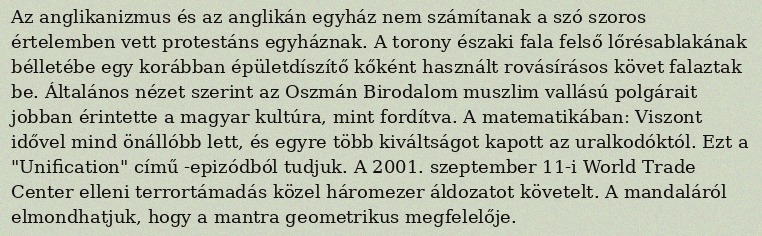
Az anglikanizmus és az anglikán egyház nem számítanak a szó szoros értelemben vett protestáns egyháznak. A torony északi fala felső lőrésablakának bélletébe egy korábban épületdíszítő kőként használt rovásírásos követ falaztak be. Általános nézet szerint az Oszmán Birodalom muszlim vallású polgárait jobban érintette a magyar kultúra, mint fordítva. A matematikában: Viszont idővel mind önállóbb lett, és egyre több kiváltságot kapott az uralkodóktól. Ezt a "Unification" című -epizódból tudjuk. A 2001. szeptember 11-i World Trade Center elleni terrortámadás közel háromezer áldozatot követelt. A mandaláról elmondhatjuk, hogy a mantra geometrikus megfelelője.